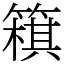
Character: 簯